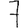
Digit: 7